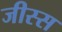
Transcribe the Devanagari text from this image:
जीस्स